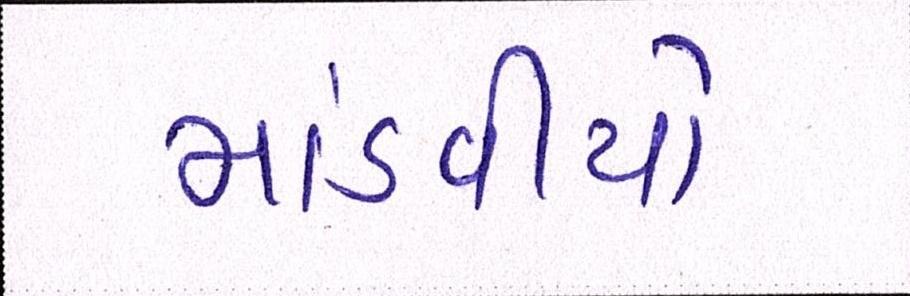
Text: માંડવીયો